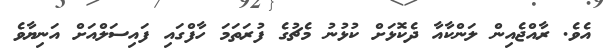
އެވެ. ރާއްޖެއިން ލަންކާއާ ދެކޮޅަށް ކުޅުނު މެޗުގެ ފުރަތަމަ ހާފްގައި ފައިސަލްއަށް އަނިޔާވެ